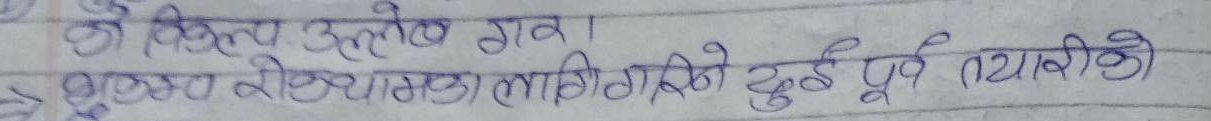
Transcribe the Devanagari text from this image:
के किस उल्लेख गर।
श्रोत रेखामाकालागीगर्ने दुई पूर्व तयारीको